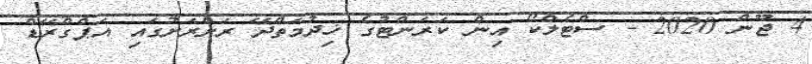
4 ޖޫން 2020 - ސްޓެލްކޯ އިން ކަރަންޓުގެ ޚިދުމަތްދޭ ރަށްރަށުގައި އަޕްގްރޭޑް